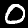
Digit: 0